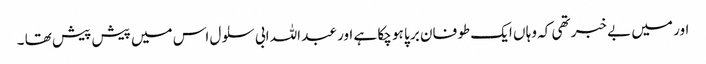
اور میں بے خبر تھی کہ وہا ں ایک طو فان بر پا ہو چکا ہے اور عبد اللہ ابی سلو ل اس میں پیش پیش تھا ۔